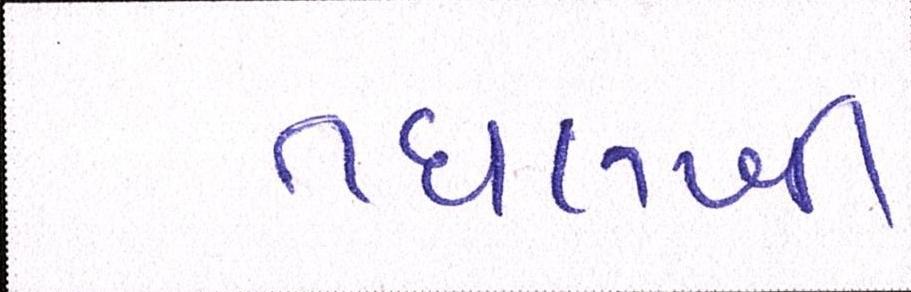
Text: તઘલખી